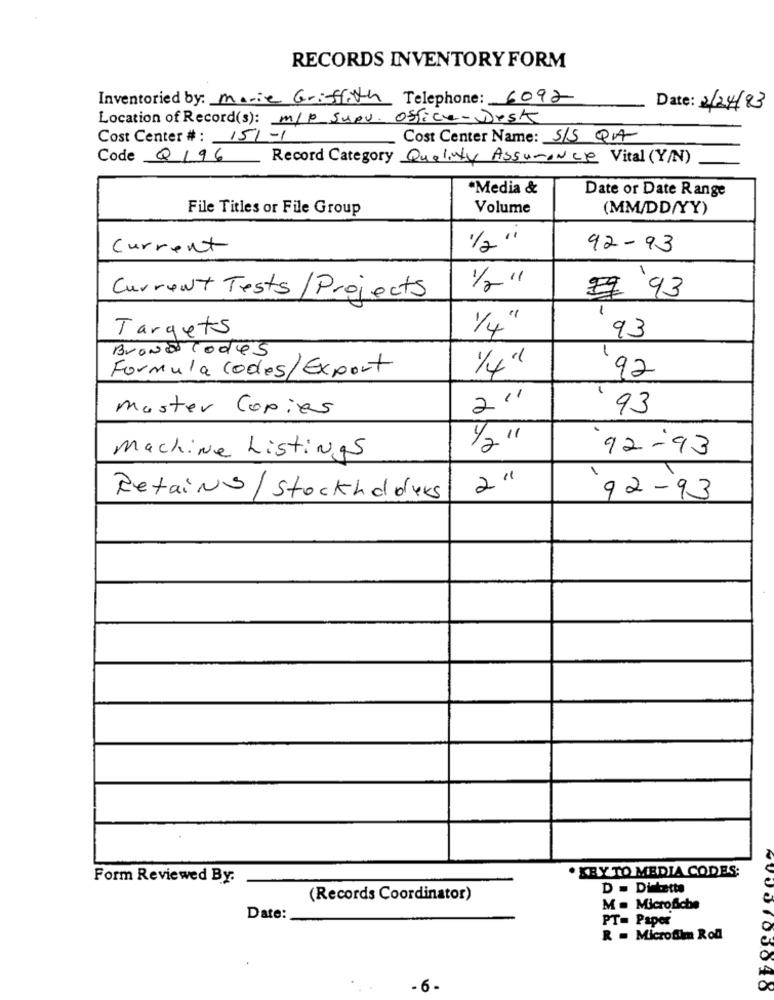
RECORDS INVENTORY FORM
Inventoried by: marie Griffith Telephone: 6092
Date: 2/24/83
Location of Record(s): m/p supv. Office-Desk
Cost Center #: 151-1
Cost Center Name: S/S QA
Code Q196
Record Category Quality Assurance Vital (Y/N)
·Media &
Date or Date Range
File Titles or File Group
Volume
(MM/DD/YY)
1/2"
Current
92-93
1/2 "
#9 93
Current Tests/ Projects
-
Targets
1/4"
93
BrandTodes
Formula codes/Export
1/4"
92
2''
Master Copies
93
1/2 "1
92-93
Machine Listings
2 "
Retains / Stockholders
92-93
. KEY TO MEDIA CODES;
Form Reviewed By:
D = Dintette
(Records Coordinator)
M = Microfiche
Date:
PT= Paper
0
R = Microfilm Rod
- 6-
O